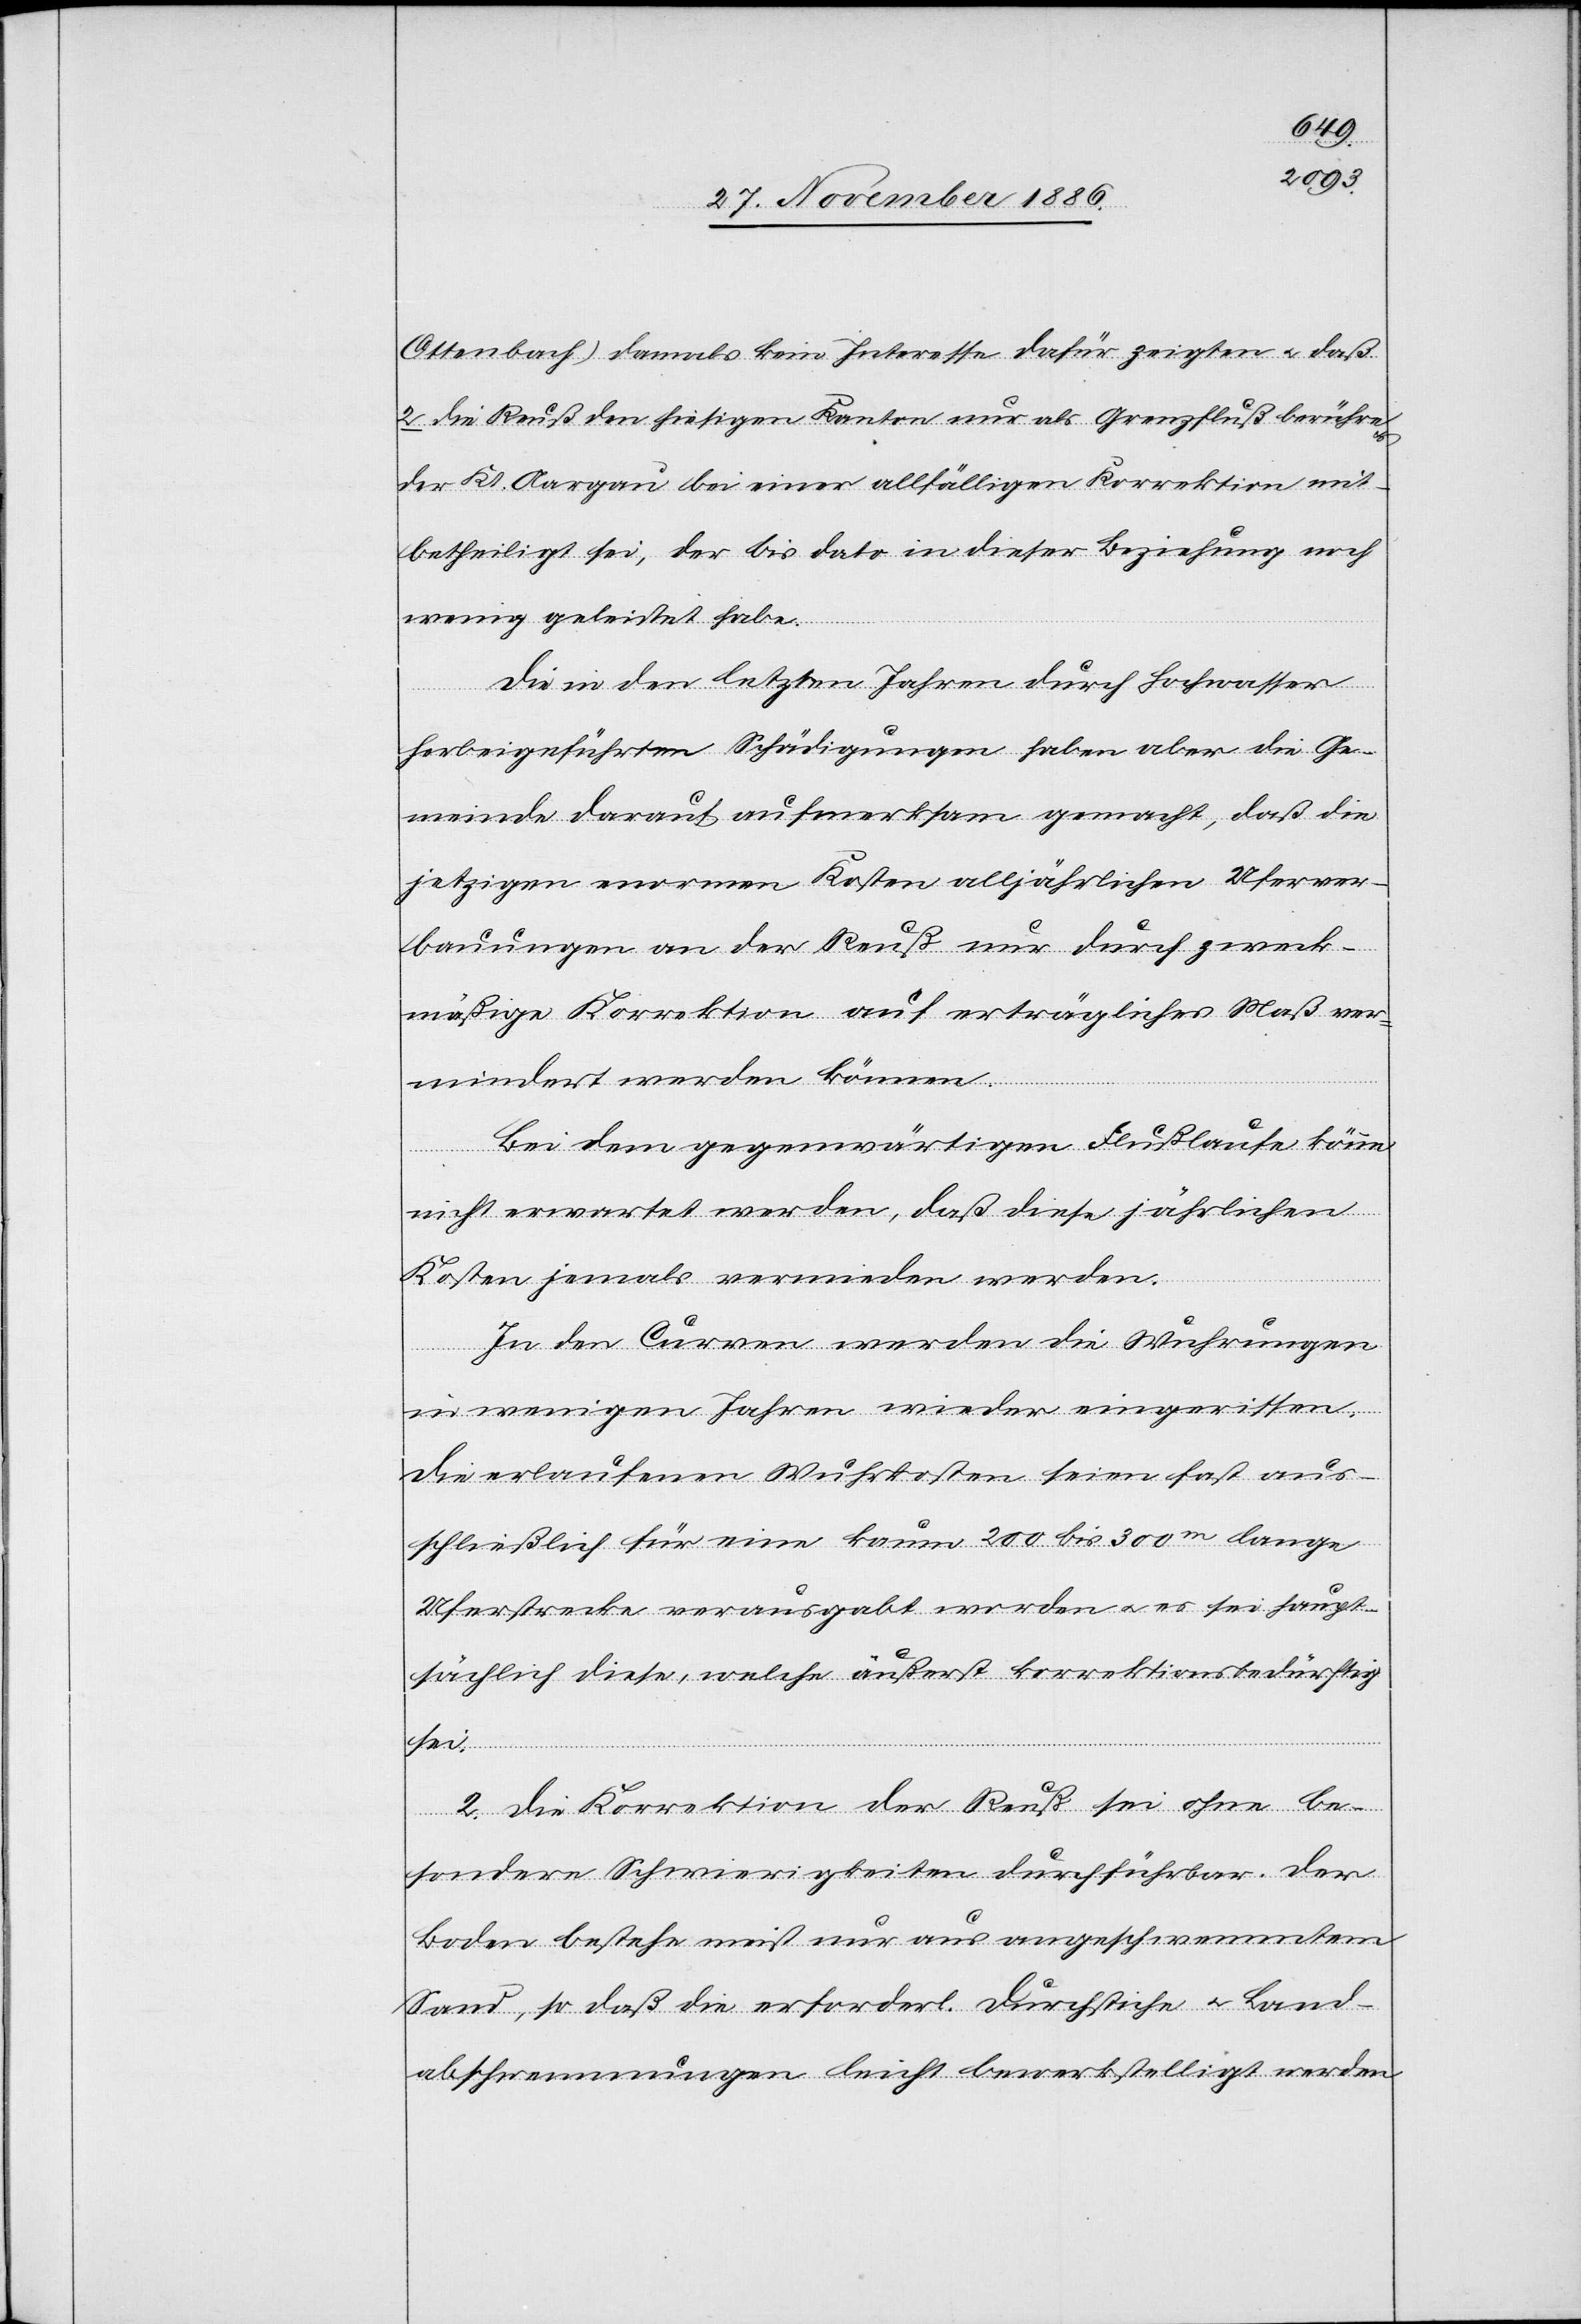
Ottenbach) damals kein Interesse dafür zeigten & daß
2. die Reuß den hiesigen Kanton nur als Grenzfluß berühre
der Kt. Aargau bei einer allfälligen Korrektion mit¬
betheiligt sei, der bis dato in dieser Beziehung noch
wenig geleistet habe.
Die in den letzten Jahren durch Hochwasser
herbeigeführten Schädigungen haben aber die Ge¬
meinde darauf aufmerksam gemacht, daß die
jetzigen enormen Kosten alljährlichen Uferver¬
bauungen an der Reuß nur durch zweck¬
mäßige Korrektion auf erträgliches Maß ver¬
mindert werden können.
Bei dem gegenwärtigen Flußlaufe könne
nicht erwartet werden, daß diese jährlichen
Kosten jemals vermieden werden.
In den Curven werden die Wuhrungen
in wenigen Jahren wieder eingerissen.
Die verlaufenen Wuhrkosten seien fast aus¬
schließlich für eine kaum 200 bis 300m lange
Uferstrecke verausgabt worden & es sei haupt¬
sächlich diese, welche äußerst korrektionsbedürftig
sei.
2. Die Korrektion der Reuß sei ohne be¬
sondere Schwierigkeiten durchführbar. Der
Boden bestehe meist nur aus angeschwemmtem
Sand, so daß die erforderl. Durchstiche & Land¬
abschwemmungen leicht bewerkstelligt werden